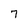
Character: 7